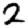
Digit: 2